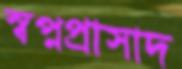
স্বপ্নপ্রাসাদ